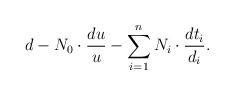
LaTeX: \begin{align*}d-N_0 \cdot \frac{du}{u} -\sum _{i=1}^n N_i \cdot \frac{dt_i }{d_i }.\end{align*}